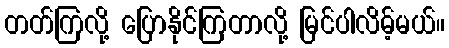
တတ်ကြလို့ ပြောနိုင်ကြတာလို့ မြင်ပါလိမ့်မယ်။